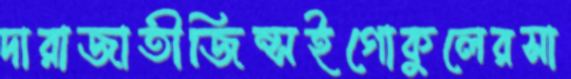
দারাজাতীজিন্সইগোকুলেরসা